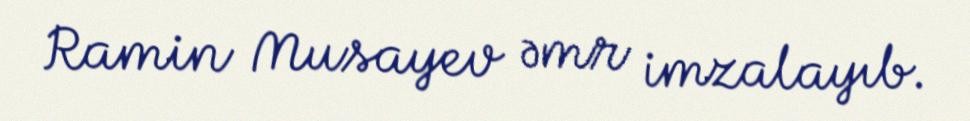
Ramin Musayev əmr imzalayıb.